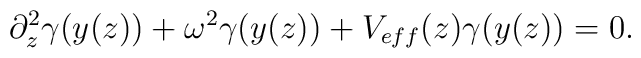
\partial_z^2 \gamma(y(z)) + \omega^2 \gamma(y(z)) + V_{eff}(z)\gamma(y(z)) = 0.